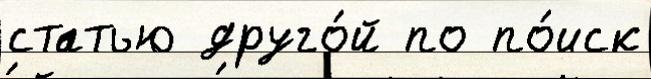
статью друго́й по по́иск